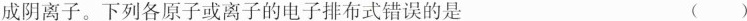
成阴离子。下列各原子或离子的电子排布式错误的是（）